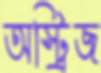
অস্ট্রিজ